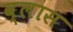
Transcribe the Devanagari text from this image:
व्लास